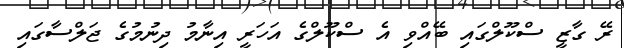
ރޭ ގާޒީ ސްކޫލްގައި ބޭއްވި އެ ސްކޫލްގެ އަހަރީ އިނާމު ދިނުމުގެ ޖަލްސާގައި